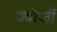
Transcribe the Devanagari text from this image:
ज्योर्जी